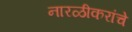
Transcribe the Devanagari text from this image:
नारळीकरांचे